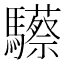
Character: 𩧇